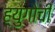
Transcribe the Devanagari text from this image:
ह्युगोची